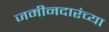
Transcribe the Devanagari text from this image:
जमीनदारंच्या